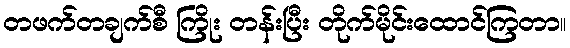
တဖက်တချက်စီ ကြိုး တန်းပြီး တိုက်မိုင်းထောင်ကြတာ။